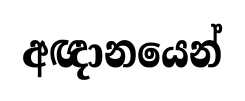
අඥානයෙන්